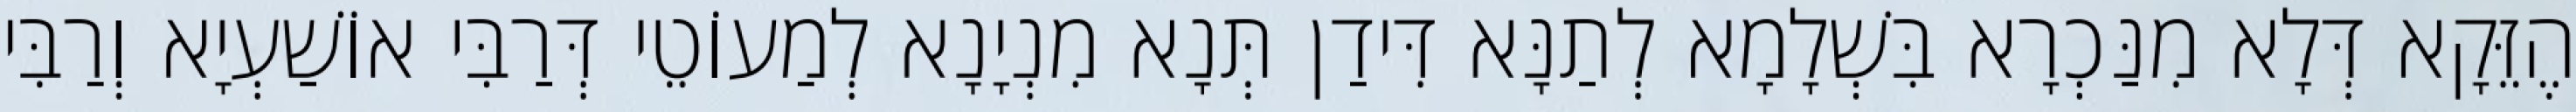
הֶזֵּקָא דְּלָא מִנַּכְרָא בִּשְׁלָמָא לְתַנָּא דִּידַן תְּנָא מִנְיָנָא לְמַעוֹטֵי דְּרַבִּי אוֹשַׁעְיָא וְרַבִּי